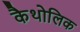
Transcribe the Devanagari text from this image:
कैथोलिक